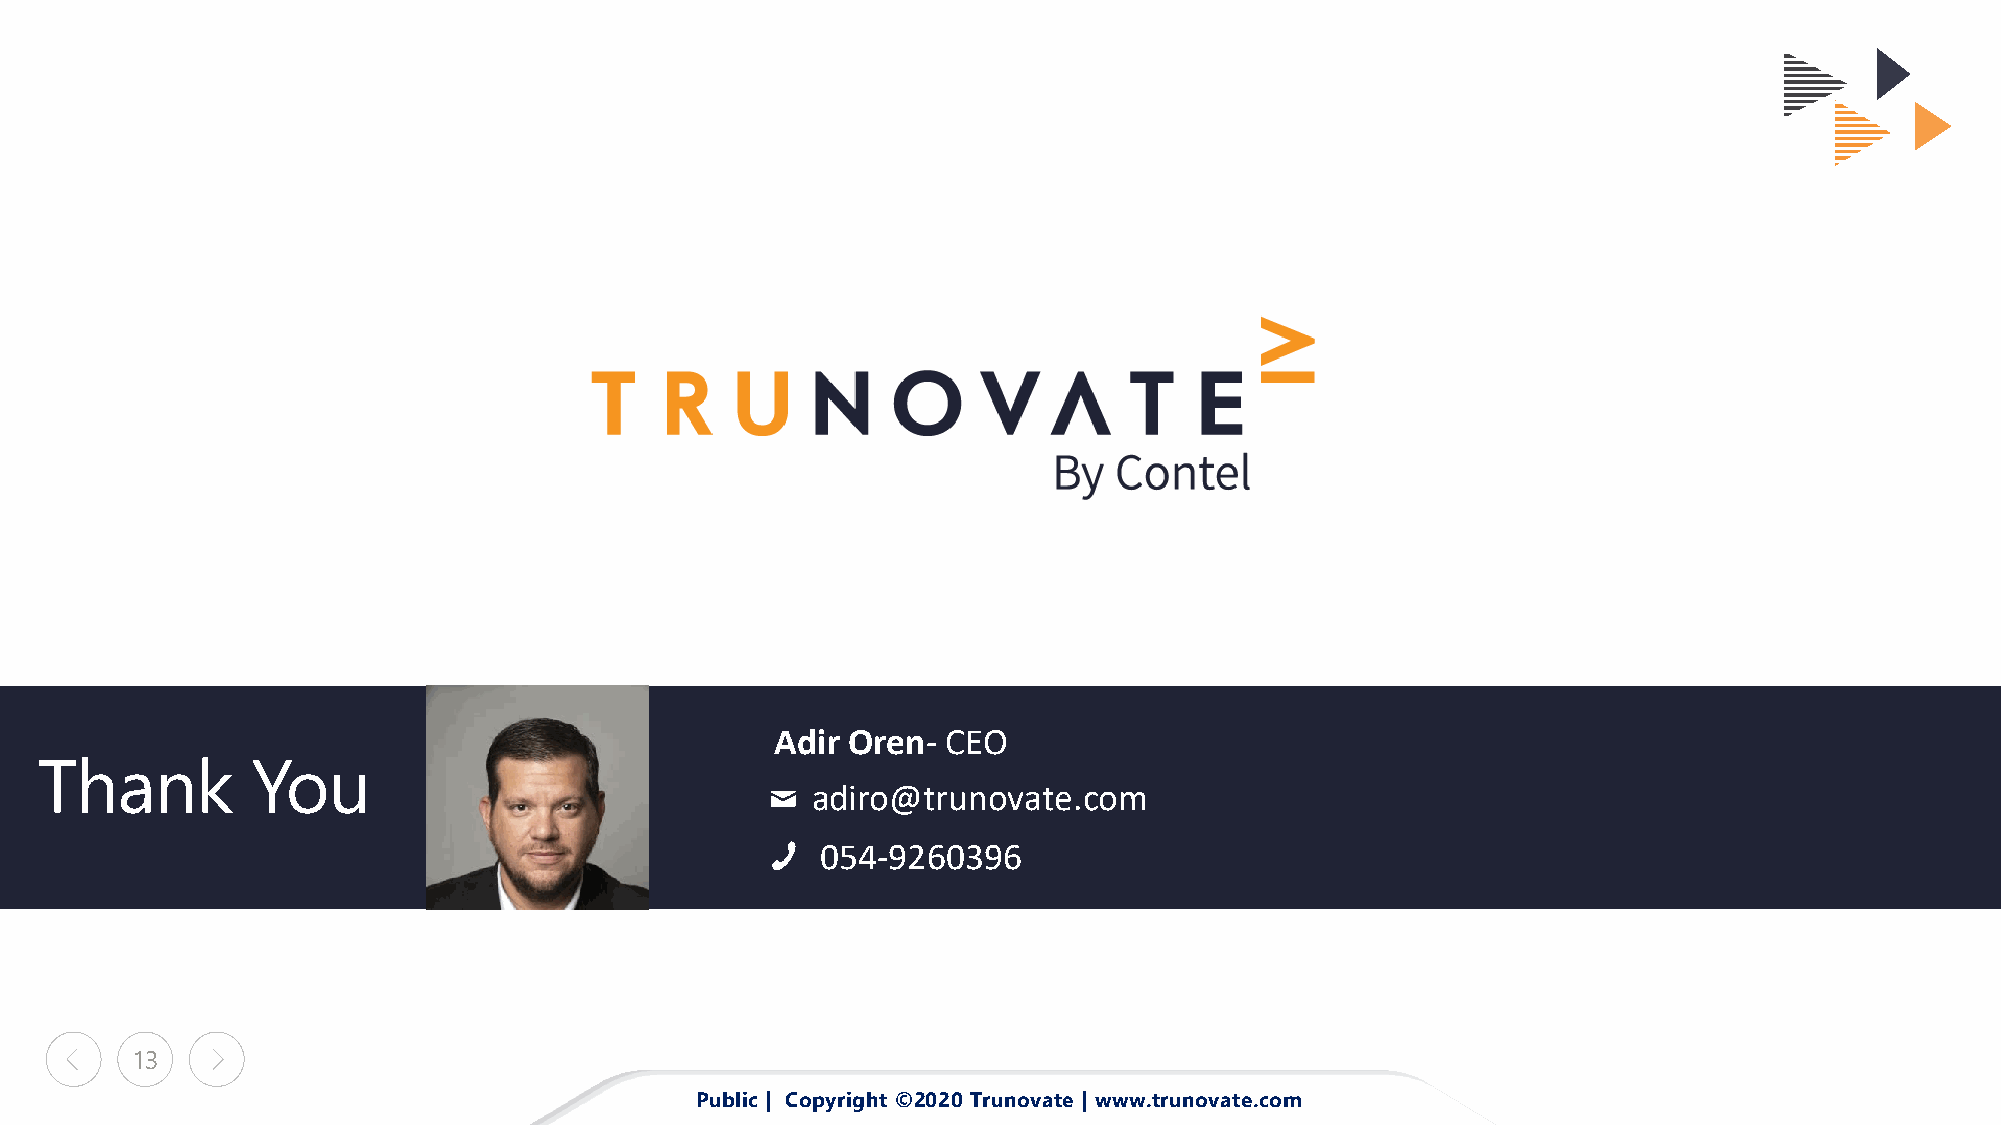
Adir Oren-  CEO
 Thank          You
 adiro@trunovate.com
 054-9260396
 13
 Public | Copyright ©2020 Trunovate | www.trunovate.com